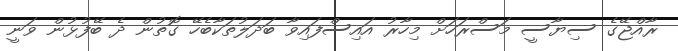
ރާއްޖޭގެ ސިޔާސީ މަސްރަހަށް މިހާރު އައިސްފައިވާ ބަދަލުތަކާބެހޭ ގޮތުން ދެ ބޭފުޅުން ވަނީ